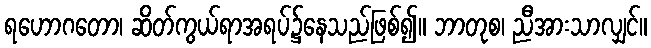
ရဟောဂတော၊ ဆိတ်ကွယ်ရာအရပ်၌နေသည်ဖြစ်၍။ ဘာတုစ၊ ညီအားသာလျှင်။